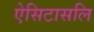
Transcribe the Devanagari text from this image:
ऐसिटासलि